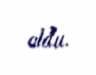
oldu.